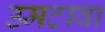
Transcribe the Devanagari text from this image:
उमटावा